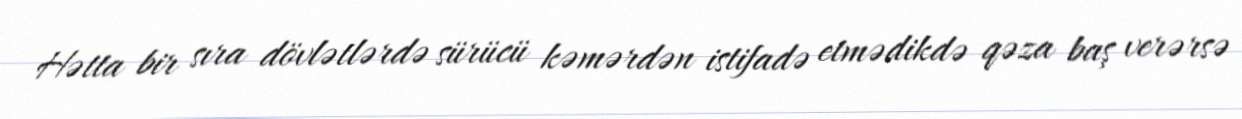
Hətta bir sıra dövlətlərdə sürücü kəmərdən istifadə etmədikdə qəza baş verərsə